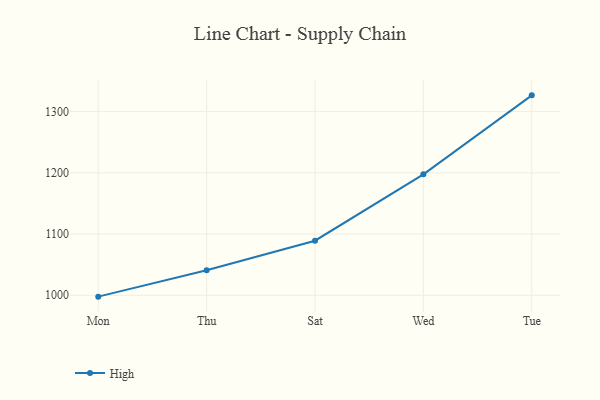
{"axis": {"x": "Day", "y": "Temperature (°C)"}, "legend": ["High"], "data": [{"x": "Mon", "y": 997.7, "type": "High"}, {"x": "Thu", "y": 1040.7, "type": "High"}, {"x": "Sat", "y": 1089.1, "type": "High"}, {"x": "Wed", "y": 1197.5, "type": "High"}, {"x": "Tue", "y": 1326.6, "type": "High"}]}